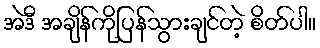
အဲဒီ အချိန်ကိုပြန်သွားချင်တဲ့ စိတ်ပါ။